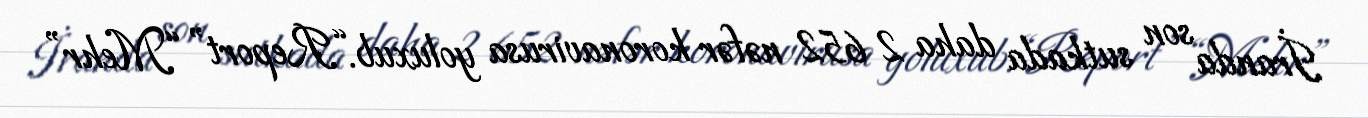
İranda son sutkada daha 2 652 nəfər koronavirusa yoluxub.“Report” “Mehr”